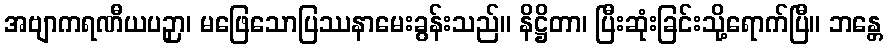
အဗျာကရဏီယပဉှာ၊ မဖြေသောပြဿနာမေးခွန်းသည်။ နိဋ္ဌိတာ၊ ပြီးဆုံးခြင်းသို့ရောက်ပြီ။ ဘန္တေ